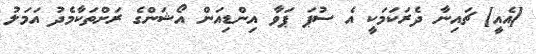
[އެއީ] ޗައިނާ ދެރަކަމަކީ އެ ސުޕަ ޕަވާ އިންޑިއަން އޯޝަންގެ ރަށްތަކާމެދު އަމަލު